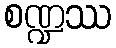
စဏ္ဍဿ